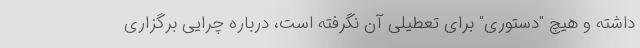
داشته و هیچ "دستوری" برای تعطیلی آن نگرفته است، درباره چرایی برگزاری